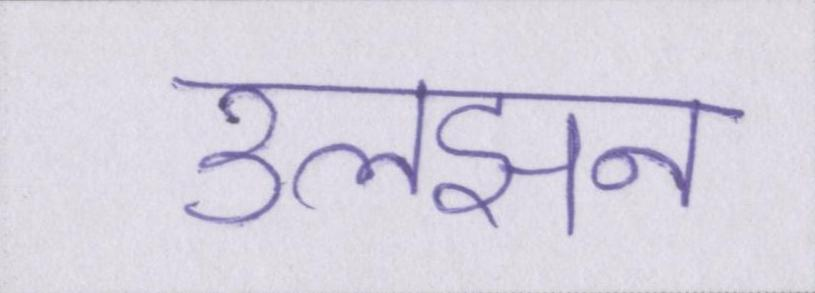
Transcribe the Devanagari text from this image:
उलझन